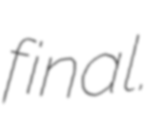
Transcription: final.